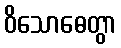
ဝိသောဓေတွာ